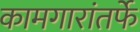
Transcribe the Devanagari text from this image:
कामगारांतर्फे